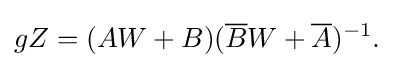
{gZ=(AW+B)({\overline {B}}W+{\overline {A}})^{-1}.}